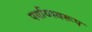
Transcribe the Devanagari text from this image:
पर्यायस्वरूप